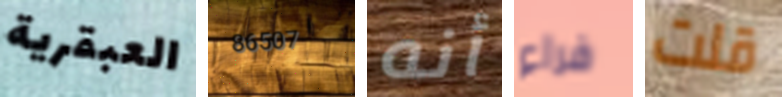
العبقرية 86507 أنه فراء قلت